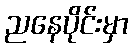
ညနေပိုင်းမှာ